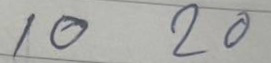
10 20